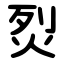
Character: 烮